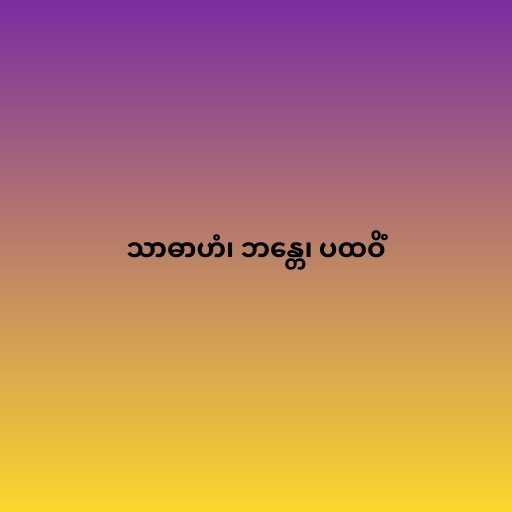
သာဓာဟံ၊ ဘန္တေ၊ ပထဝိံ